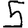
Digit: 5